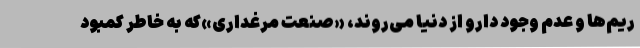
ریم‌ها و عدم وجود دارو از دنیا می‌روند، «صنعت مرغداری»که به خاطر کمبود